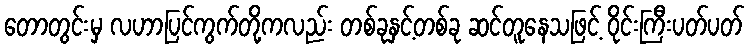
တောတွင်းမှ လဟာပြင်ကွက်တို့ကလည်း တစ်ခုနှင့်တစ်ခု ဆင်တူနေသဖြင့် ဝိုင်းကြီးပတ်ပတ်